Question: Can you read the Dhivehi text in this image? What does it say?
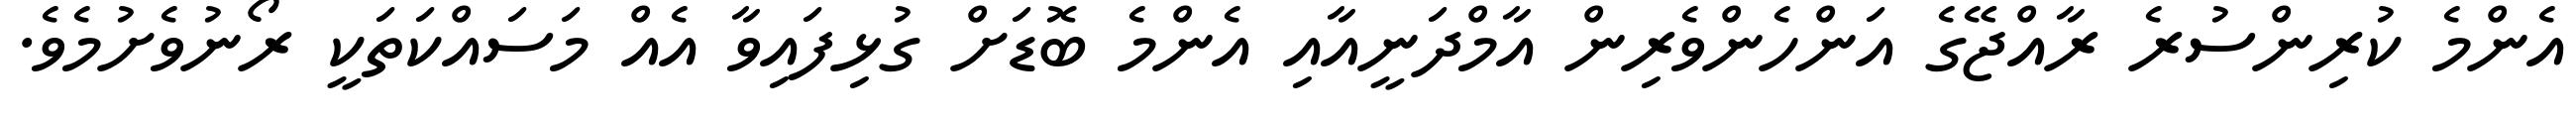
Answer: އެންމެ ކުރިންސުރެ ރާއްޖޭގެ އަންހެންވެރިން އާމްދަނީއާއި އެންމެ ބޮޑަށް ގުޅިފައިވާ އެއް މަސައްކަތަކީ ރޯނުވެށުމެވެ.